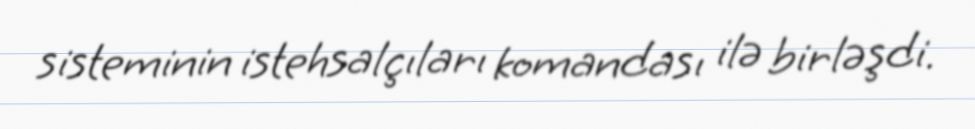
sisteminin istehsalçıları komandası ilə birləşdi.